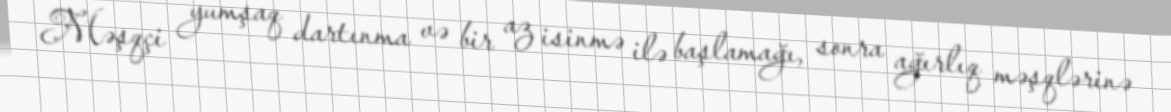
Məşqçi yumşaq dartınma və bir az isinmə ilə başlamağı, sonra ağırlıq məşqlərinə